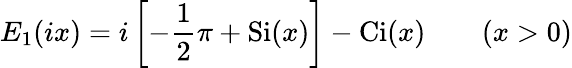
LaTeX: E_{1}(ix)=i\left[-{\frac{1}{2}}\pi+\operatorname{Si}(x)\right]-\operatorname{Ci}(x)\qquad(x>0)